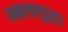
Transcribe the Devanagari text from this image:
आलापुड़ा